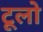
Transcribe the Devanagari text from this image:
टूलो